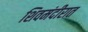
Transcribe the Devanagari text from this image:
शिवमंदीरात